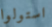
استولوا